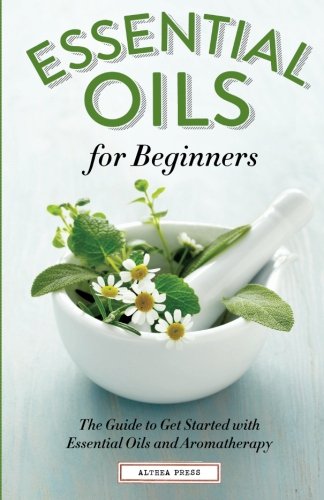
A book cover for Essential Oils for Beginners: The Guide to Get Started with Essential Oils and Aromatherapy; Althea Press; Health, Fitness & Dieting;